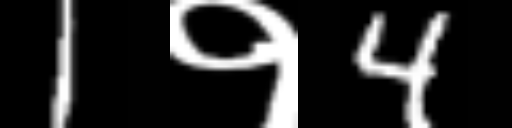
Text: 1१4